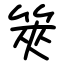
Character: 筴